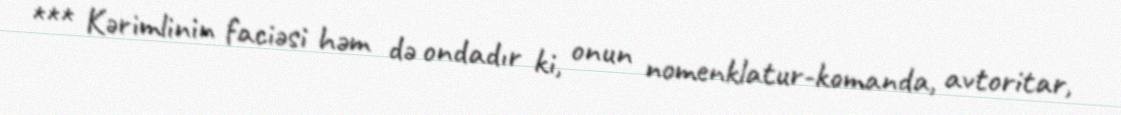
*** Kərimlinin faciəsi həm də ondadır ki, onun nomenklatur-komanda, avtoritar,